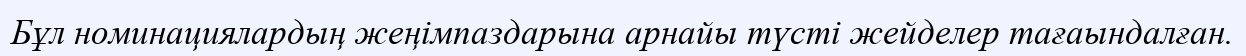
Бұл номинациялардың жеңiмпаздарына арнайы түстi жейделер тағаындалған.